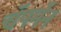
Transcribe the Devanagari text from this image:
चॅपमॅन